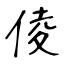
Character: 倰